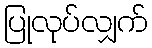
ပြုလုပ်လျှက်